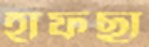
হাফছা